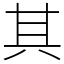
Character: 其